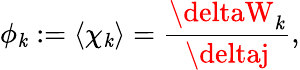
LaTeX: \phi_{\mathit{k}}:=\langle\chi_{\mathit{k}}\rangle=\frac{{\deltaW_{\mathit{k}}}}{{\deltaj}},